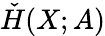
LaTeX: {\check{H}}(X;A)